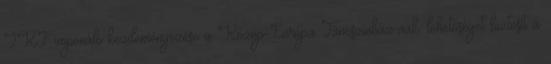
IKF imponáló kezdeményezése a Közép-Európa Táncszínház-nak, lehetőséget biztosít a